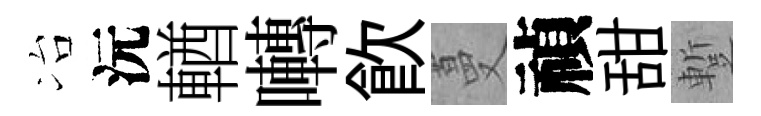
冶沅輶囀飮蔓禎甜蹔